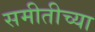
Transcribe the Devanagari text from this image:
समीतीच्या